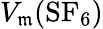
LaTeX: V_{\mathfrak{m}}(\mathrm{{SF_{6}}})